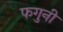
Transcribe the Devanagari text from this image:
फगुनी